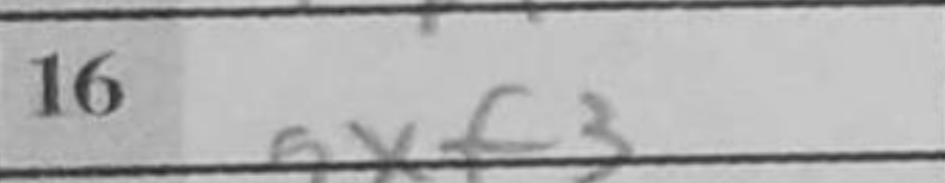
Transcription: gxf3